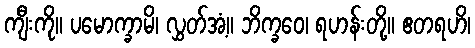
ကျီးကို။ ပမောက္ခာမိ၊ လွှတ်အံ့။ ဘိက္ခဝေ၊ ရဟန်းတို့။ ဧတရဟိ၊